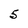
Character: 5